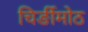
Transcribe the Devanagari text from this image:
चिर्ङीमोठ